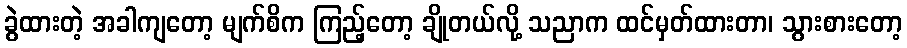
ခွဲထားတဲ့ အခါကျတော့ မျက်စိက ကြည့်တော့ ချိုတယ်လို့ သညာက ထင်မှတ်ထားတာ၊ သွားစားတော့